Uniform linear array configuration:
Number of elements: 48
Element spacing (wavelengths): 0.75
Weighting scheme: blackman
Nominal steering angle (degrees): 15
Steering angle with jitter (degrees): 13.537
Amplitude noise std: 0.05
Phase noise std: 0.05

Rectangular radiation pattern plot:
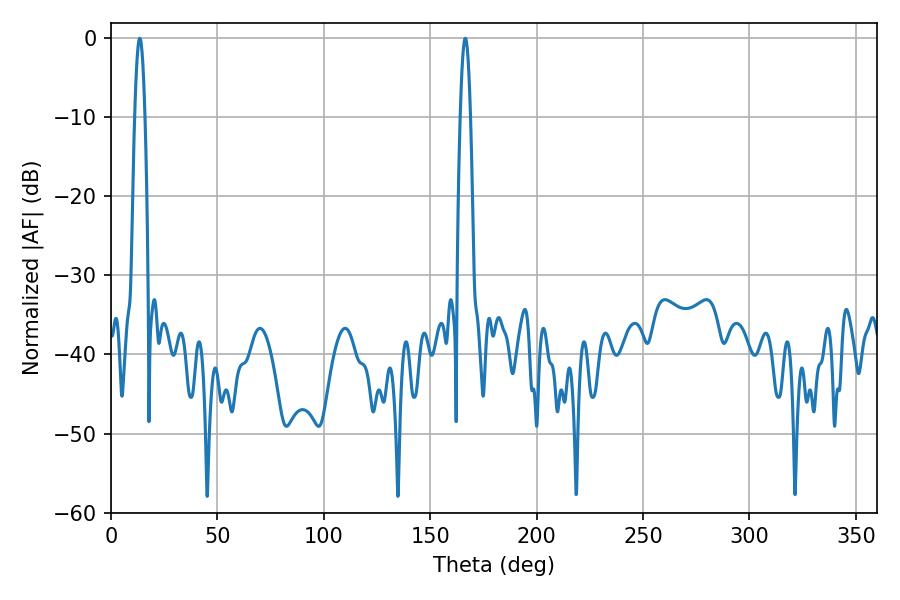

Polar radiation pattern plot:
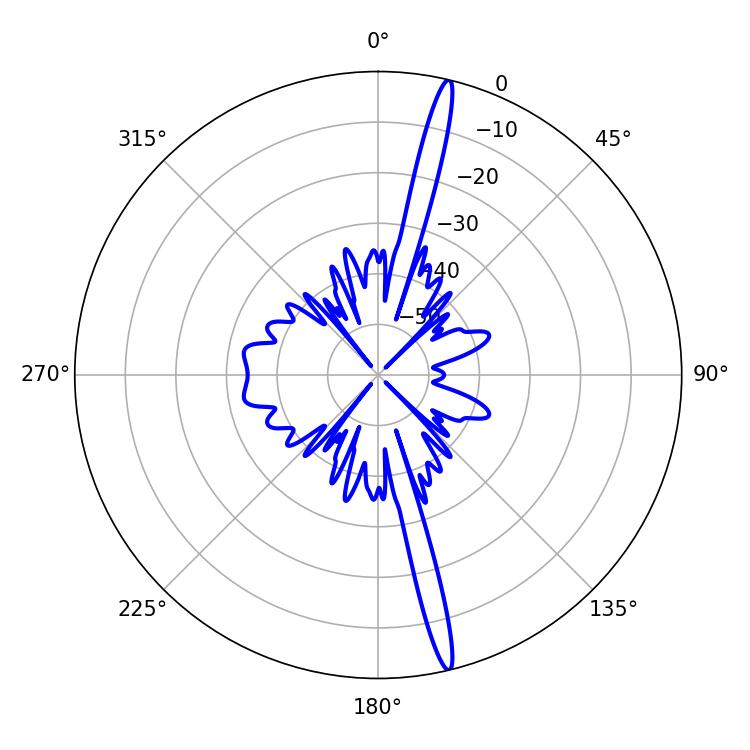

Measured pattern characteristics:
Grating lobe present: TRUE
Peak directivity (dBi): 19.33
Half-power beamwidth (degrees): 2.52
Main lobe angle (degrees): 166.5